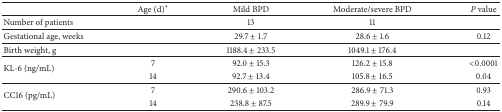
<table><thead><tr><td><b> </b></td><td><b>Age (d)∗</b></td><td><b>Mild BPD</b></td><td><b>Moderate/severe BPD</b></td><td><b><i>P</i> value</b></td></tr></thead><tbody><tr><td>Number of patients</td><td> </td><td>13</td><td>11</td><td> </td></tr><tr><td>Gestational age, weeks</td><td> </td><td>29.7 ± 1.7</td><td>28.6 ± 1.6</td><td>0.12</td></tr><tr><td>Birth weight, g</td><td> </td><td>1188.4 ± 233.5</td><td>1049.1 ± 176.4</td><td> </td></tr><tr><td rowspan="2">KL-6 (ng/mL)</td><td>7</td><td>92.0 ± 15.3</td><td>126.2 ± 15.8</td><td>&lt;0.0001</td></tr><tr><td>14</td><td>92.7 ± 13.4</td><td>105.8 ± 16.5</td><td>0.04</td></tr><tr><td rowspan="2">CC16 (pg/mL)</td><td>7</td><td>290.6 ± 103.2</td><td>286.9 ± 71.3</td><td>0.93</td></tr><tr><td>14</td><td>238.8 ± 87.5</td><td>289.9 ± 79.9</td><td>0.14</td></tr></tbody></table>